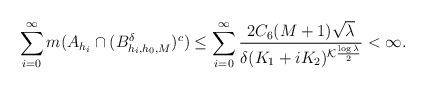
LaTeX: \begin{align*}\sum_{i=0}^{\infty} m(A_{h_i}\cap (B^\delta_{h_i,h_0,M})^c) &\le \sum_{i=0}^{\infty} \frac{2C_6(M+1)\sqrt{\lambda}}{\delta (K_1 +i K_2)^{\mathcal{K} \frac{\log \lambda}{2}} } < \infty.\end{align*}